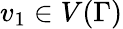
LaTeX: v_{1}\in V(\Gamma)